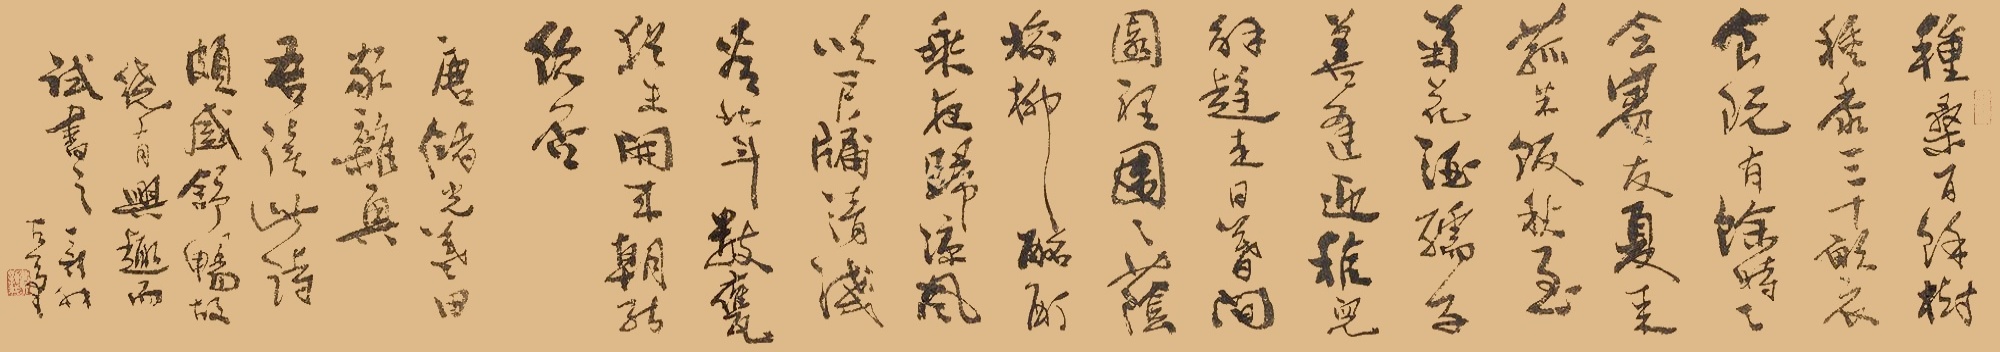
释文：种桑百余树，种黍三十亩。衣食既有余，时时会宾友。夏来菰米饭，秋至菊花酒。孺子喜逢迎，稚儿解趋走。日暮闲园里，团团荫榆柳。酩酊乘夜归，凉风吹户牖。清浅参北斗。数瓮犹未开，岁朝能饮否。唐储光义《田家杂兴》。吾读此诗颇感舒畅，故饶有兴趣而试书之。新我左笔。